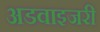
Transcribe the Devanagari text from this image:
अडवाइजरी